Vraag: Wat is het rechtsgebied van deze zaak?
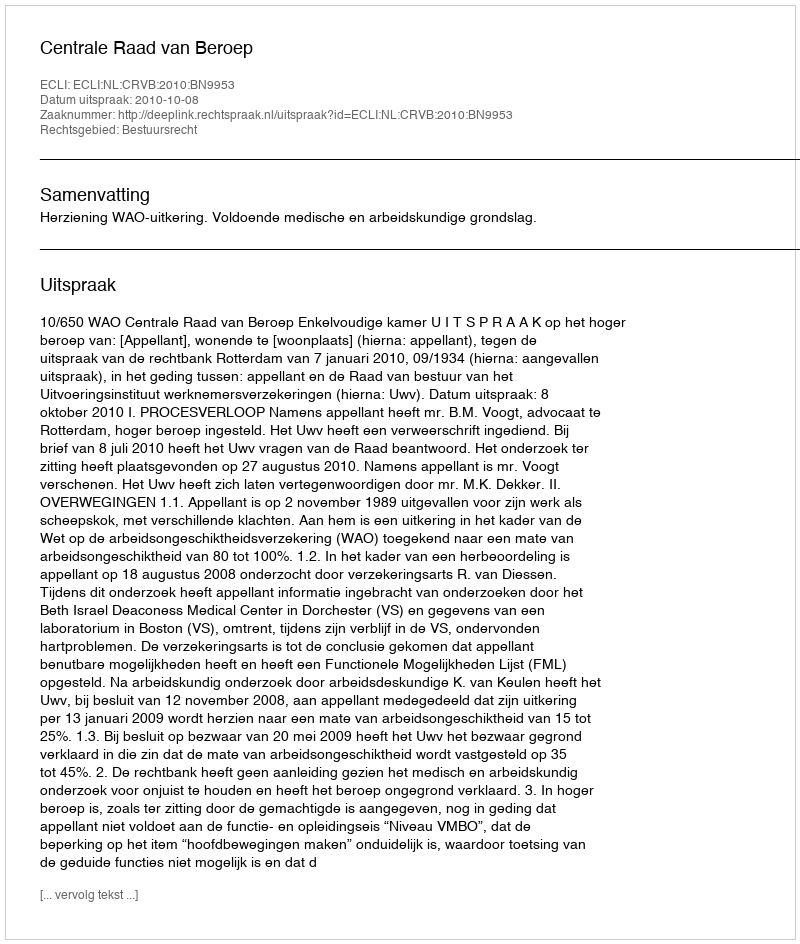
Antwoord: Bestuursrecht